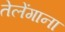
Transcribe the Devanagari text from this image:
तेलेंगाना